NAE_EAA_P-553_Koit_kolhoos, lk 27
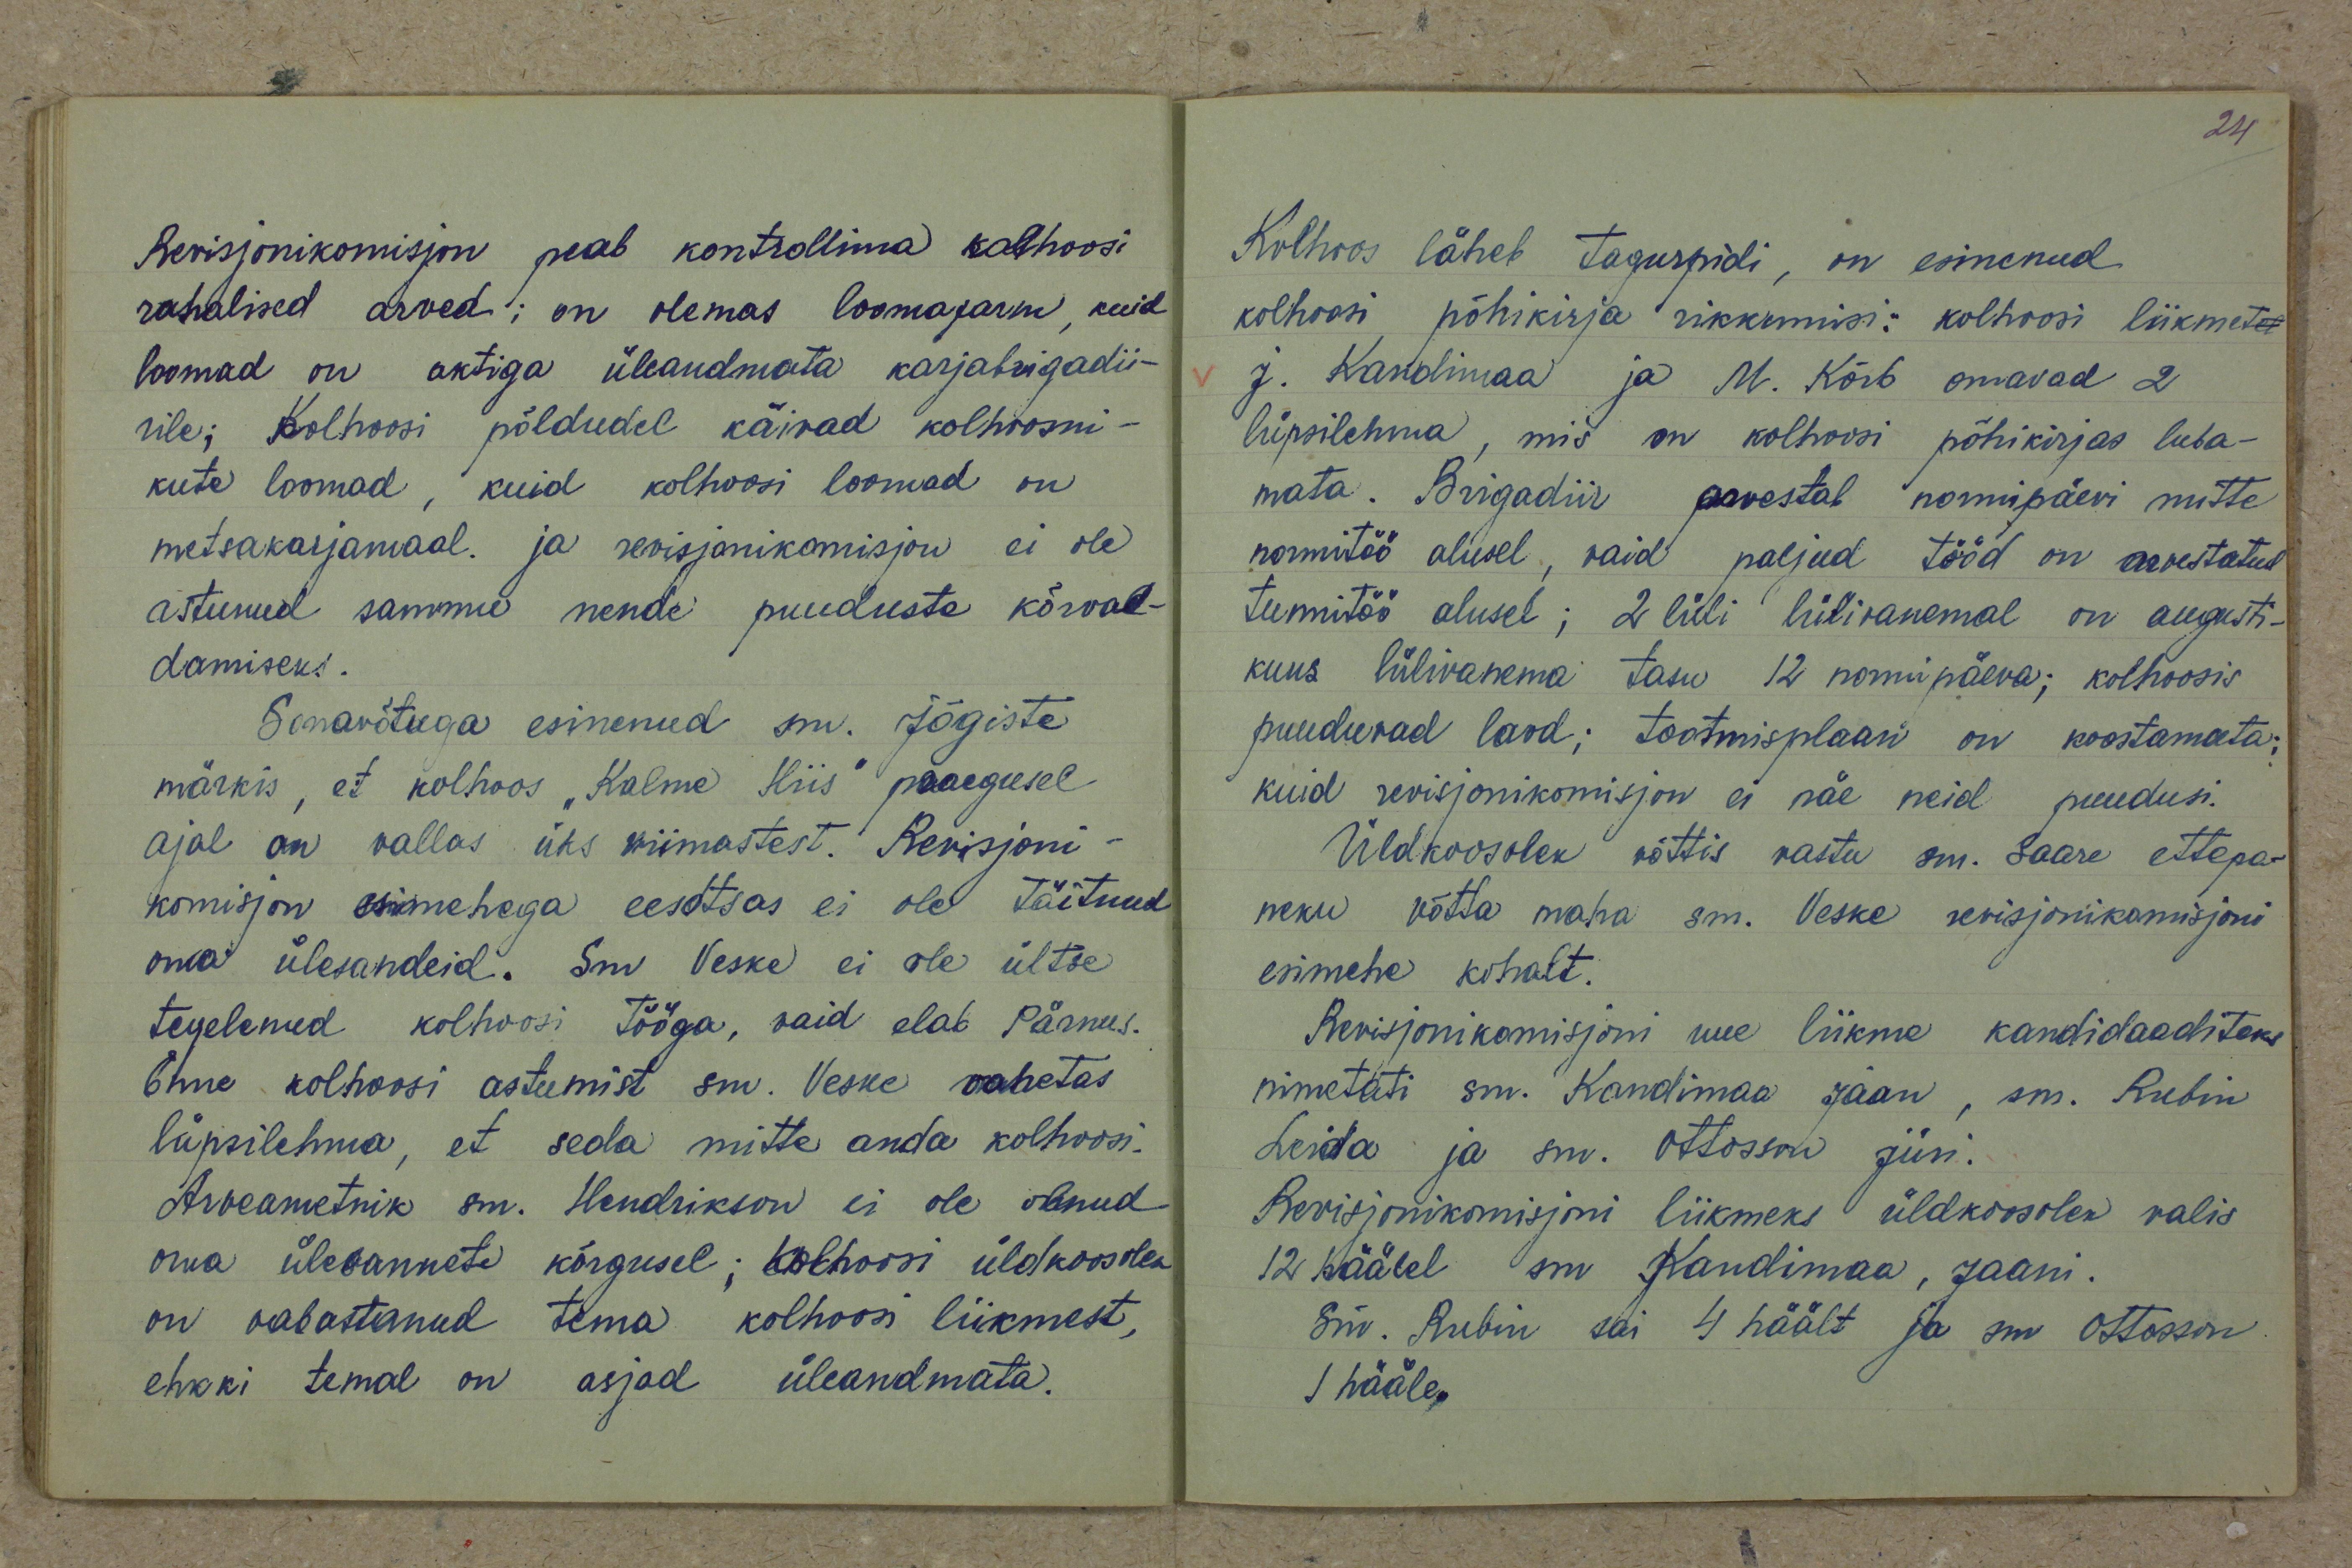
Revisjonikomisjon peab kontrollima kolhoosi
rahalised arved; on olemas loomafarm, kuid
loomad on aktiga üleandmata karjabrigadii-
rile; Kolhoosi põldudel käivad kolhoosni-
kute loomad, kuid kolhoosi loomad on
metsakarjamaal ja revisjonikomisjon ei ole
astunud sammu nende puuduste kõrval-
damiseks.
Sonavõtuga esinenud sm. Jõgiste
märkis, et kolhoos "Kalme Hiis" praegusel
ajal on vallas üks viimastest. Revisjoni-
komisjon esimehega eesotsas ei ole täitnud
oma ülesandeid. Sm Veske ei ole ültse
tegelenud kolhoosi tööga, vaid elab Pärnus.
Enne kolhoosi astumist sm. Veske vahetas
lüpsilehma, et seda mitte anda kolhoosi.
Arveametnik sm. Hendrikson ei ole olnud
oma ülesannete kõrgusel; kolhoosi üldkoosolek
on vabastanud tema kolhoosi liikmest,
ehkki temal on asjad üleandmata.

24
Kolhoos läheb tagurpidi, on esinenud
kolhoosi põhikirja rikkumisi, kolhoosi liikmetel
J. Kandimaa ja M. Kõrb omavad 2
lüpsilehma, mis on kolhoosi põhikirjas luba-
mata. Brigadiir arvestab normipäevi mitte
normitöö alusel, vaid paljud tööd on arvestatud
tunnitöö alusel; 2 lüli lülivanemal on augusti-
kuus lülivanema tasu 12 normipäeva; kolhoosis
puuduvad laod; toomisplaan on koostamata;
kuid revisjonikomisjon ei näe neid puudusi.
Üldkoosolek võttis vastu sm. Saare ettepa-
neku võtta maha sm. Veske revisjonikomisjoni
esimehe kohalt.
Revisjonikomisjoni uue liikme kandidaaditeks
nimetati sm. Kandimaa Jaan, sm. Rubin
Leida ja sm. Ottosson Jüri.
Revisjonikomisjoni liikmeks üldkoosolek valis
12 häälel sm Randimaa, Jaani
Sm. Rubin sai 4 häält ja sm Otosson
1 hääle.